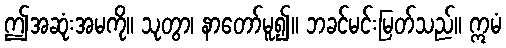
ဤအဆုံးအမကို။ သုတွာ၊ နာတော်မူ၍။ ဘခင်မင်းမြတ်သည်။ ဣမံ